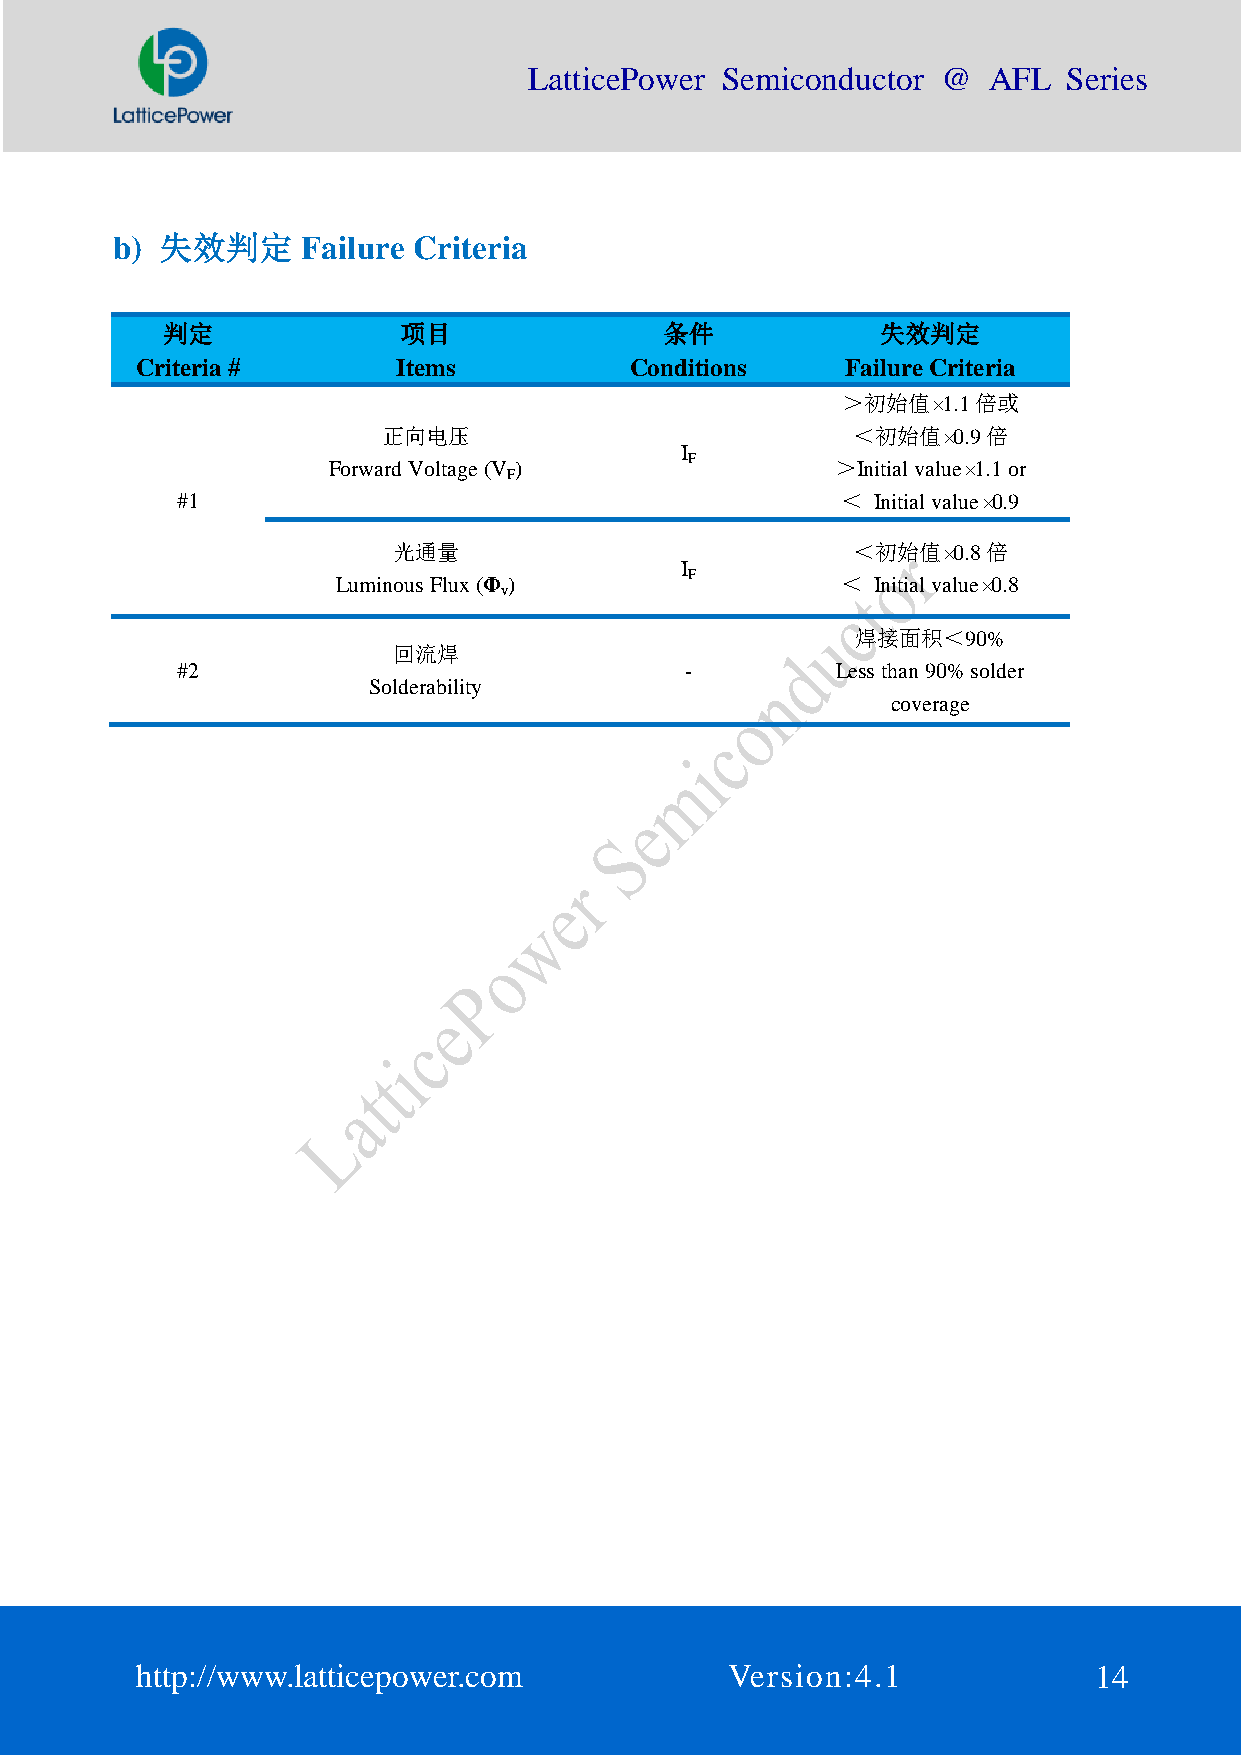
LatticePower Semiconductor @  AFL   Series
 b)  失效判定     Failure Criteria
 判定              项目               条件            失效判定
 Criteria #       Items           Conditions    Failure Criteria
 ＞初始值×1.1倍或
 正向电压                           ＜初始值×0.9倍
 I
 Forward Voltage (V )    F        ＞Initial value×1.1 or
 F
 #1                                          ＜ Initial value×0.9
 光通量                           ＜初始值×0.8倍
 I
 Luminous Flux (Φ )      F         ＜ Initial value×0.8
 v
 焊接面积＜90%
 回流焊
 #2                               -         Less than 90% solder
 Solderability
 coverage
 http://www.latticepower.com            Version:4.1             14